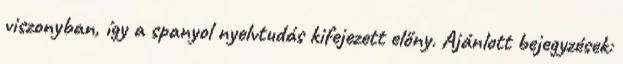
viszonyban, így a spanyol nyelvtudás kifejezett előny. Ajánlott bejegyzések: